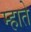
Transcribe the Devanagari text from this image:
म्हाते